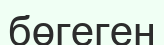
бөгеген